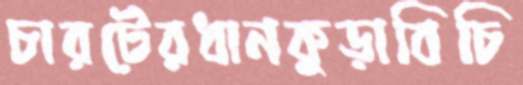
চারটেরধানকুড়াবিচি